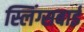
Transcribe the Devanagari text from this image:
स्लिंग्सबाई